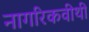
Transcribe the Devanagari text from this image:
नागरिकवीथी